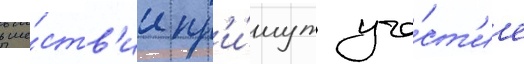
в ше́ств'ии пр'и́мут уча́ст'ие